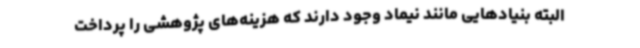
البته بنیادهایی مانند نیماد وجود دارند که هزینه‌های پژوهشی را پرداخت